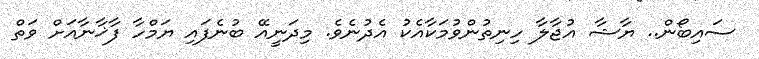
ސައިބޯން.. ޔާޝާ އުޖާލާ ހިނިތުންވުމަކާއެކު އެދުނެވެ. މިދަނީއޭ ބުނެފައި ޔަމްހާ ފާޚާނާއަށް ވަތް